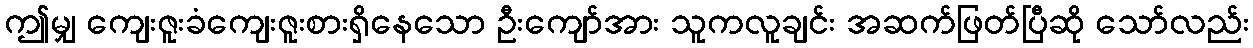
ဤမျှ ကျေးဇူးခံကျေးဇူးစားရှိနေသော ဦးကျော်အား သူကလူချင်း အဆက်ဖြတ်ပြီဆို သော်လည်း